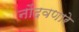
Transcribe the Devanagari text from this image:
नोंदवणारे